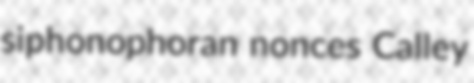
siphonophoran nonces Calley